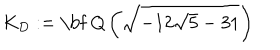
K _ { D } : = \mathrm { \bf ~ Q } \left( \sqrt { - 1 2 \sqrt { 5 } - 3 1 } \right)